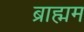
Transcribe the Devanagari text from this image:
ब्राह्मम